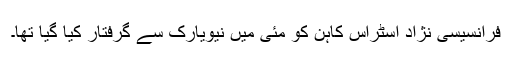
فرانسیسی نژاد اسٹراس کاہن کو مئی میں نیویارک سے گرفتار کیا گیا تھا۔